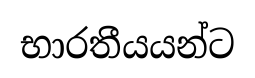
භාරතීයයන්ට